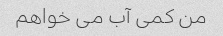
من کمی آب می خواهم